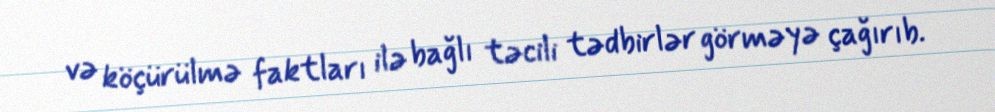
və köçürülmə faktları ilə bağlı təcili tədbirlər görməyə çağırıb.